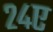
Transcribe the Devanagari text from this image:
२४ए